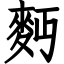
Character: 麪